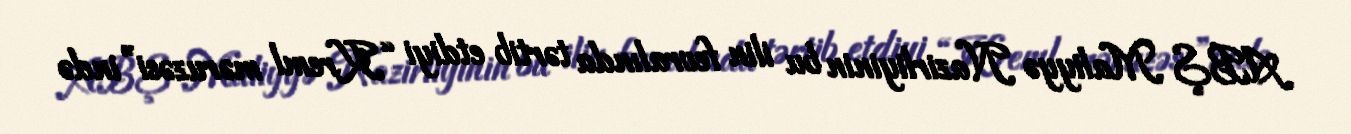
ABŞ Maliyyə Nazirliyinin bu ilin fevralında tərtib etdiyi “Kreml məruzəsi”ində